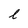
Character: l